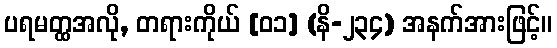
ပရမတ္ထအလို, တရားကိုယ် [၀၁] (နိ-၂၃၄) အနက်အားဖြင့်။